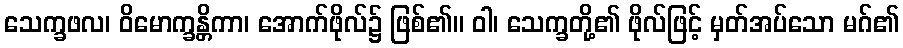
သေက္ခဖလ၊ ဝိမောက္ခန္တိကာ၊ အောက်ဖိုလ်၌ ဖြစ်၏။ ဝါ၊ သေက္ခတို့၏ ဖိုလ်ဖြင့် မှတ်အပ်သော မဂ်၏